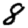
Digit: 8